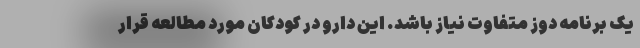
یک برنامه دوز متفاوت نیاز باشد. این دارو در کودکان مورد مطالعه قرار